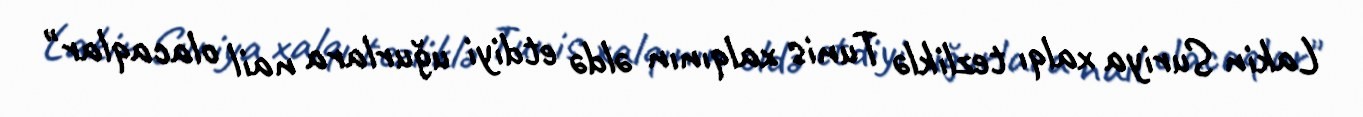
Lakin Suriya xalqı tezliklə Tunis xalqının əldə etdiyi uğurlara nail olacaqlar"